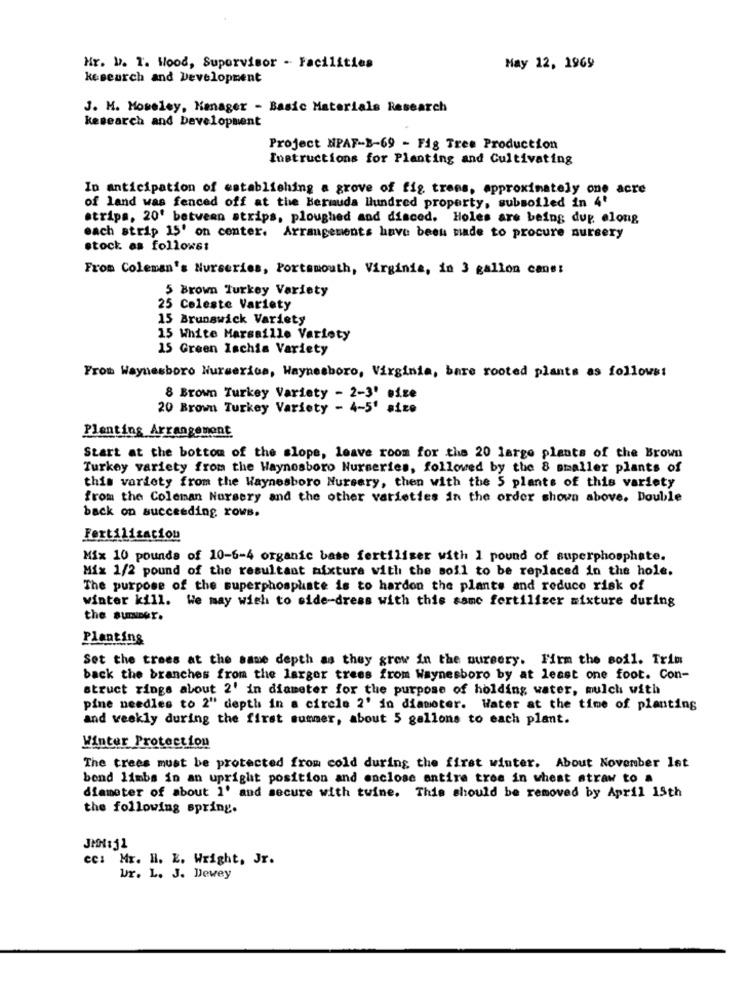
Hr. b. T. Wood, Supervisor - Facilities
May 12, 1969
kesearch and Development
J. M. Moseley, Manager - Basic Materials Research
kesearch and Development
Project NPAF-B-69 - Fig Tree Production
Instructions for Planting and Cultivating
In anticipation of establishing a grove of fig trees, approximately one acre
of land was fenced off at the Bermuda llundred property, subsoiled in 4'
strips, 20' between strips, ploughed and disced. Holes are being dup elong
each strip 15' on center. Arrangements have been made to procure nursery
stock as follows:
From Coleman's Nurseries, Portsmouth, Virginia, in 3 gallon cans:
5 Brown Turkey Variety
25 Celeste Variety
15 Brunswick Variety
15 White Marsaille Variety
15 Green Ischia Variety
From Waynesboro Nurseries, Waynesboro, Virginia, bare rooted plants as follows:
8 Brown Turkey Variety - 2-3' size
20 Brown Turkey Variety - 4-5' size
Planting Arrangement
Start at the bottom of the slope, leave room for the 20 large plants of the Brown
Turkey variety from the Waynesboro Nurseries, followed by the 8 smaller plants of
this variety from the Waynesboro Nursery, then with the 5 plants of this variety
from the Coleman Nursery and the other varieties in the order shown above. Double
back on succeeding rows.
Fertilization
Mix 10 pounds of 10-6-4 organic base fertilizer with 1 pound of superphosphate.
Mix 1/2 pound of the resultant mixture with the soil to be replaced in the hole.
The purpose of the superphosphate is to hardon the plants and reduce risk of
winter kill. We may wish to side-dress with this same fertilizer mixture during
the sumDer.
Planting
Set the trees at the same depth as they grow in the nursery. Firm the soil. Trin
back the branches from the larger trees from Waynesboro by at least one foot. Con-
struct rings about 2' in diameter for the purpose of holding water, mulch with
pine needles to 2" depth in a circle 2' in diameter. Water at the time of planting
and weekly during the first summer, about 5 gallons to each plant.
Winter Protection
The trees must be protected from cold during the first winter. About November lat
bend limbs in an upright position and enclose antire tres in wheat straw to a
diameter of about 1' and secure with twine. This should be removed by April 15th
the following spring.
JMH131
cc: Mr. H. E. Wright, Jr.
Ur. L. J. Dewey